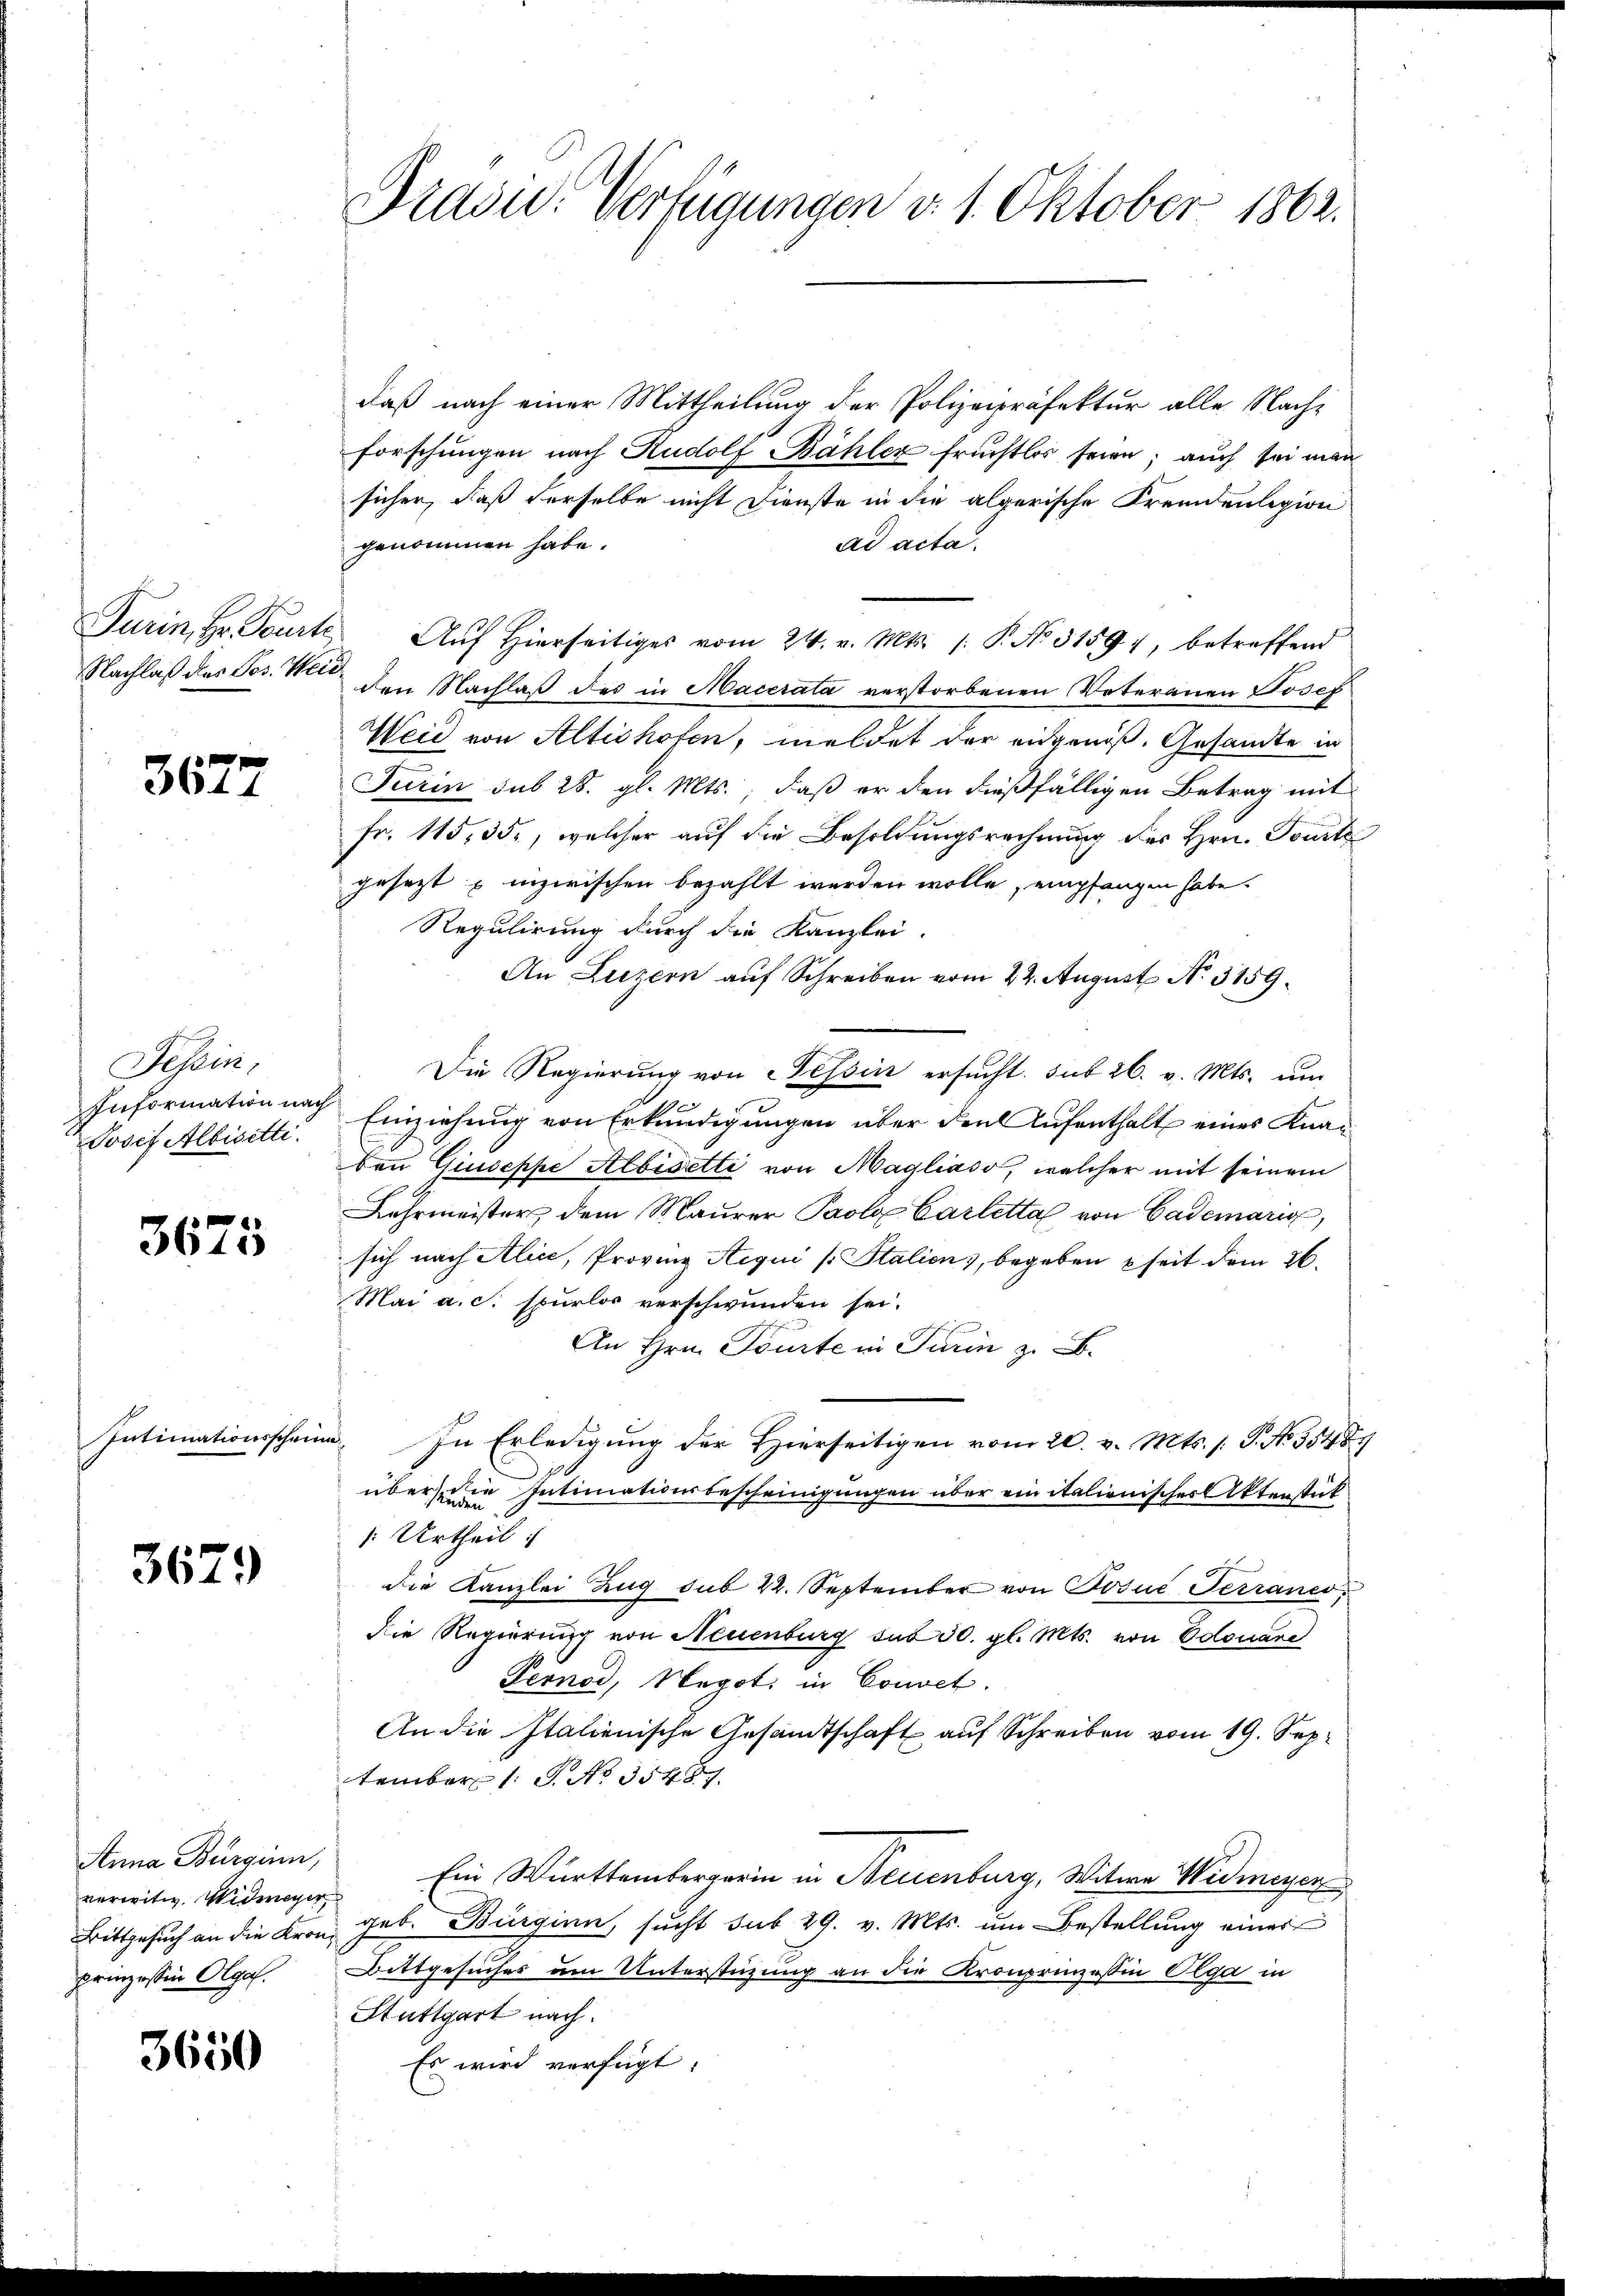
3677

Schein,
Information nach
Josef Albisitti.

3675

Intimationsschein¬

3679

Anna Burgien,
verwitw. Widmeyer
prinzessin Olgal.

3650

daß nach einer Mittheilung der Polizeipräfektur alle Nachforschungen nach Rudolf Bähler fruchtlos seien; auch sei man
sicher, daß derselbe nicht Dienste in die algerische Fremdenlegion
ad acta.
genommen habe.
Turin, Hr. Tourte Aŭf Hierseitiges vom 24. v. Mts. /: P. No. 31594, betreffend
Nachlaß des Jos. Witt den Nachlaß des in Macerata verstorbenen Vateranen Josef
Weid von Altishofen, meldet der angenoß. Gesandte in
Turin sub 28. gl. Mts., daß er den dießfälligen Betrag mit
Fr. 115, 35, welcher auf die Besoldungsrechnung des Hrn. Tourte
gesezt unzirischen bezahlt werden wolle, empfangen habe.
Regulirung durch die Kanzlei.
An Luzern auf Schreiben vom 24. August No. 3159.
Die Regierung von Cessin ersucht. sub 26. v. Mts. um
Einziehung von Erkundigungen über den Aufenthalt eines Knau
den Giuseppe Albiselli von Magliaso, welcher mit seinem
Lehrmeister dem Maurer Paola Carlittal von Gademarig,
sich nach Alice, Proving Aequi s. Station), begeben seit dem 26.
Mai a.c. spurlos verschwunden sei.
An Hrn. Tourte in Turin z. B.
In Erledigŭng der Hierseitigen vom 20. v. Mts. s. S. No. 35487
über die Intimationsbescheinigungen über ein italienischer Utenstück
: Urtheil
die Kanzlei Zug sub 22. September von Tosue Terraneo
die Regierung von Neuenburg sub 30. gl. Mts. von Edouare
Pernod, Negot. in Convet.
An die Italienische Gesandtschaft auf Schreiben vom 19. September 1 S. No 3547.
Ein Württembergerin in Neuenburg, Witwe Widmeyer
Bittgesuch an die Kron, geb. Bürginn sŭcht sub 29. v. Mts. ŭm Bestellŭng eines
Bittgesuches um Unterstüzung an die Kronprinzessin Olga in
Stuttgart nach.
Es wird verfügt:

Präsid. Verfügungen d. 1. Oktober 1862.